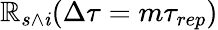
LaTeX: \mathbb{R}_{s\wedge\mathit{i}}(\Delta\tau=m\tau_{rep})